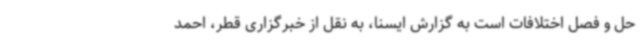
حل و فصل اختلافات است به گزارش ایسنا، به نقل از خبرگزاری قطر، احمد